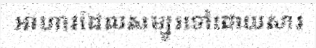
អាហារដែលសម្បូរទៅដោយសារ